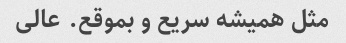
مثل همیشه سریع و بموقع. عالی